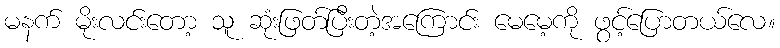
မနက် မိုးလင်းတော့ သူ ဆုံးဖြတ်ပြီးတဲ့အကြောင်း မေမေ့ကို ဖွင့်ပြောတယ်လေ။